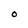
Character: 0